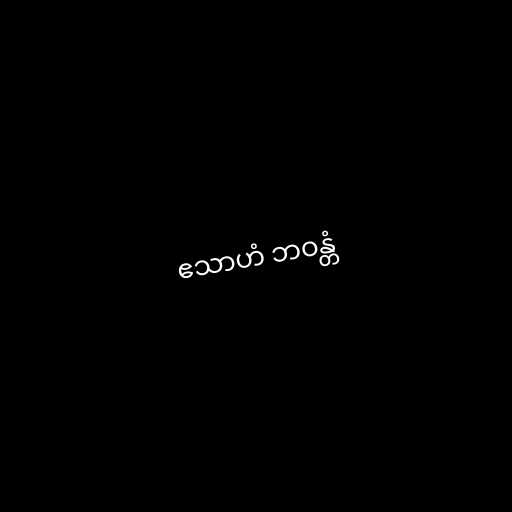
ဧသာဟံ ဘဝန္တံ